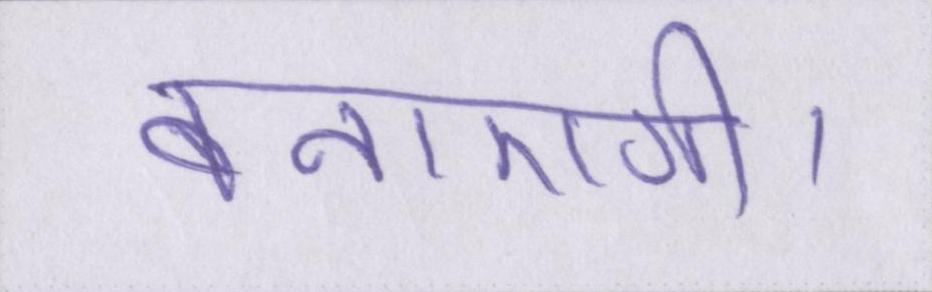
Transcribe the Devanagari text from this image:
बनाएगी।